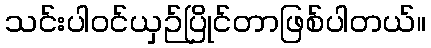
သင်းပါဝင်ယှဉ်ပြိုင်တာဖြစ်ပါတယ်။